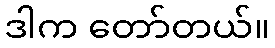
ဒါက တော်တယ်။